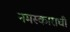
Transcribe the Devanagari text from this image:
नमस्काराची